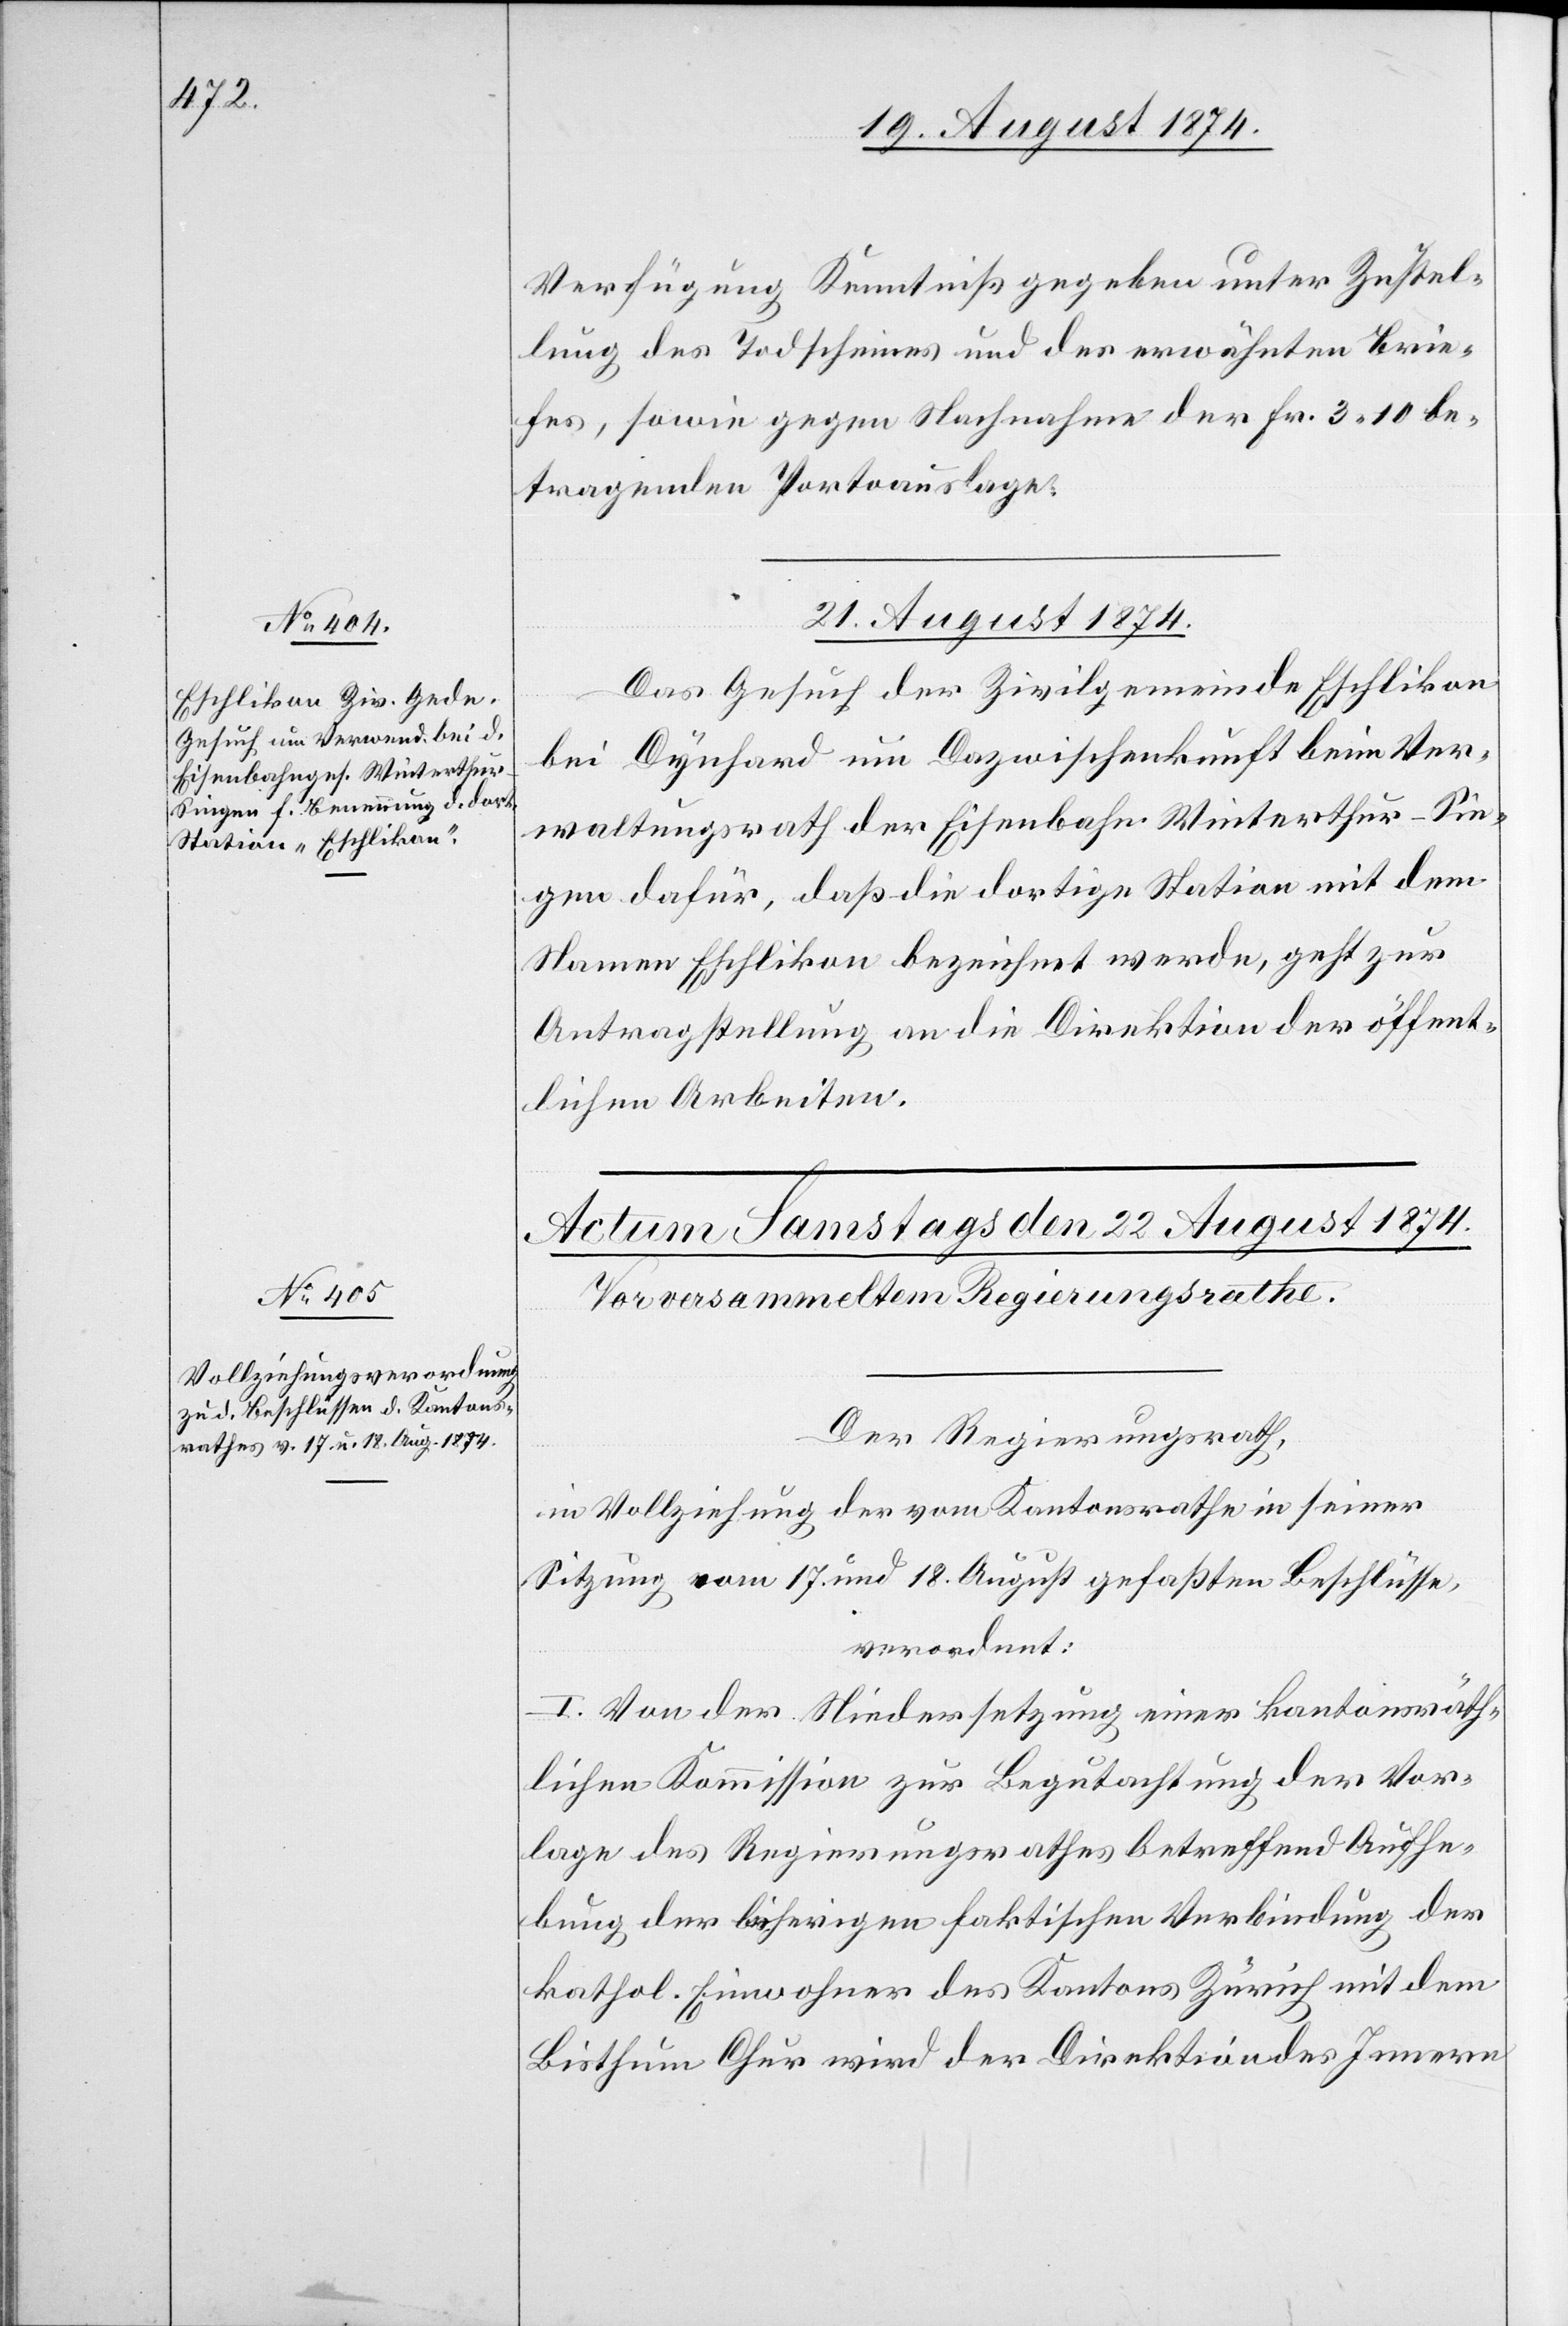
Verfügung Kenntniß gegeben unter Zustel¬
lung des Todscheines und des erwähnten Brie¬
fes, sowie gegen Nachnahme der Fr. 3.10 be¬
tragenden Portoauslage.
21. August 1874.
Das Gesuch der Zivilgemeinde Eschlikon
bei Dynhard um Dazwischenkunft beim Ver¬
waltungsrath der Eisenbahn Winterthur–Sin¬
gen dafür, daß die dortige Station mit dem
Namen Eschlikon bezeichnet werde, geht zur
Antragstellung an die Direktion der öffent¬
lichen Arbeiten.
Der Regierungsrath,
in Vollziehung der vom Kantonsrathe in seiner
Sitzung vom 17. und 18. August gefaßten Beschlüsse,
verordnet:
I. Von der Niedersetzung einer kantonsräth¬
lichen Kommission zur Begutachtung der Vor¬
lage des Regierungsrathes betreffend Aufhe¬
bung der bisherigen faktischen Verbindung der
kathol. Einwohner des Kantons Zürich mit dem
Bisthum Chur wird der Direktion des Innern